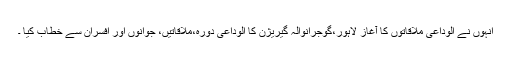
انہوں نے الوداعی ملاقاتوں کا آغاز لاہور،گوجرانوالہ گیریژن کا الوداعی دورہ،ملاقاتیں، جوانوں اور افسران سے خطاب کیا ۔